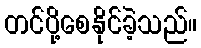
တင်ပို့စေနိုင်ခဲ့သည်။